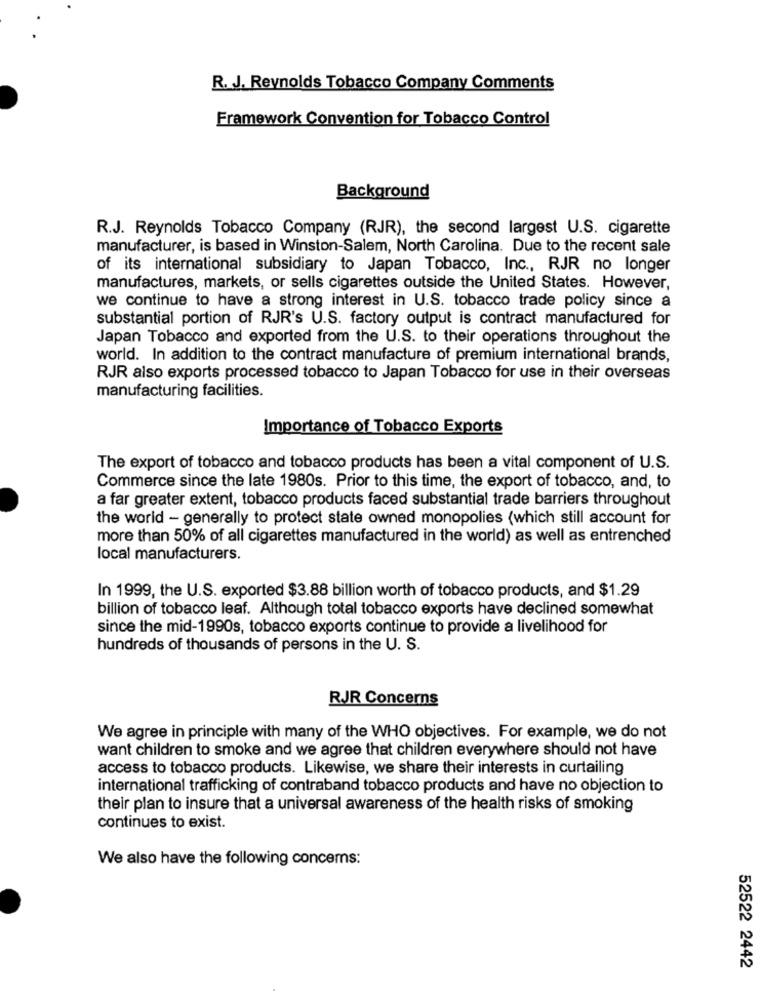
R. J. Reynolds Tobacco Company Comments
Framework Convention for Tobacco Control
Background
R.J. Reynolds Tobacco Company (RJR), the second largest U.S. cigarette
manufacturer, is based in Winston-Salem, North Carolina. Due to the recent sale
of its international subsidiary to Japan Tobacco, Inc ., RJR no longer
manufactures, markets, or sells cigarettes outside the United States. However,
we continue to have a strong interest in U.S. tobacco trade policy since a
substantial portion of RJR's U.S. factory output is contract manufactured for
Japan Tobacco and exported from the U.S. to their operations throughout the
world. In addition to the contract manufacture of premium international brands,
RJR also exports processed tobacco to Japan Tobacco for use in their overseas
manufacturing facilities.
Importance of Tobacco Exports
The export of tobacco and tobacco products has been a vital component of U.S.
Commerce since the late 1980s. Prior to this time, the export of tobacco, and, to
a far greater extent, tobacco products faced substantial trade barriers throughout
the world - generally to protect state owned monopolies (which still account for
more than 50% of all cigarettes manufactured in the world) as well as entrenched
local manufacturers.
In 1999, the U.S. exported $3.88 billion worth of tobacco products, and $1.29
billion of tobacco leaf. Although total tobacco exports have declined somewhat
since the mid-1990s, tobacco exports continue to provide a livelihood for
hundreds of thousands of persons in the U. S.
RJR Concerns
We agree in principle with many of the WHO objectives. For example, we do not
want children to smoke and we agree that children everywhere should not have
access to tobacco products. Likewise, we share their interests in curtailing
international trafficking of contraband tobacco products and have no objection to
their plan to insure that a universal awareness of the health risks of smoking
continues to exist.
We also have the following concerns:
52522 2442